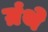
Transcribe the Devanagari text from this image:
ग्रंथे